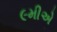
૯મીએ